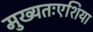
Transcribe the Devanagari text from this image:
मुख्यतःएशिया